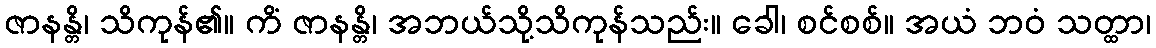
ဇာနန္တိ၊ သိကုန်၏။ ကိံ ဇာနန္တိ၊ အဘယ်သို့သိကုန်သည်း။ ခေါ၊ စင်စစ်။ အယံ ဘဝံ သတ္ထာ၊